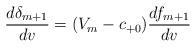
LaTeX: \begin{align*} \frac{d\delta_{m+1}}{dv}=(V_{m}-c_{+0})\frac{df_{m+1}}{dv}\end{align*}